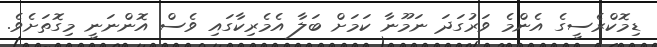
ޑިމޮކްރެސީގެ އެންމެ ވަރުގަދަ ނަމޫނާ ކަމަށް ބަލާ އެމެރިކާގައި ވެސް އޮންނަނީ މިގޮތަށެވެ.